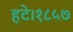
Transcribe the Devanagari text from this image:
हटे।१८५७